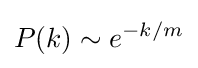
P(k)\sim e^{-k/m}